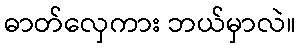
ဓာတ်လှေကား ဘယ်မှာလဲ။